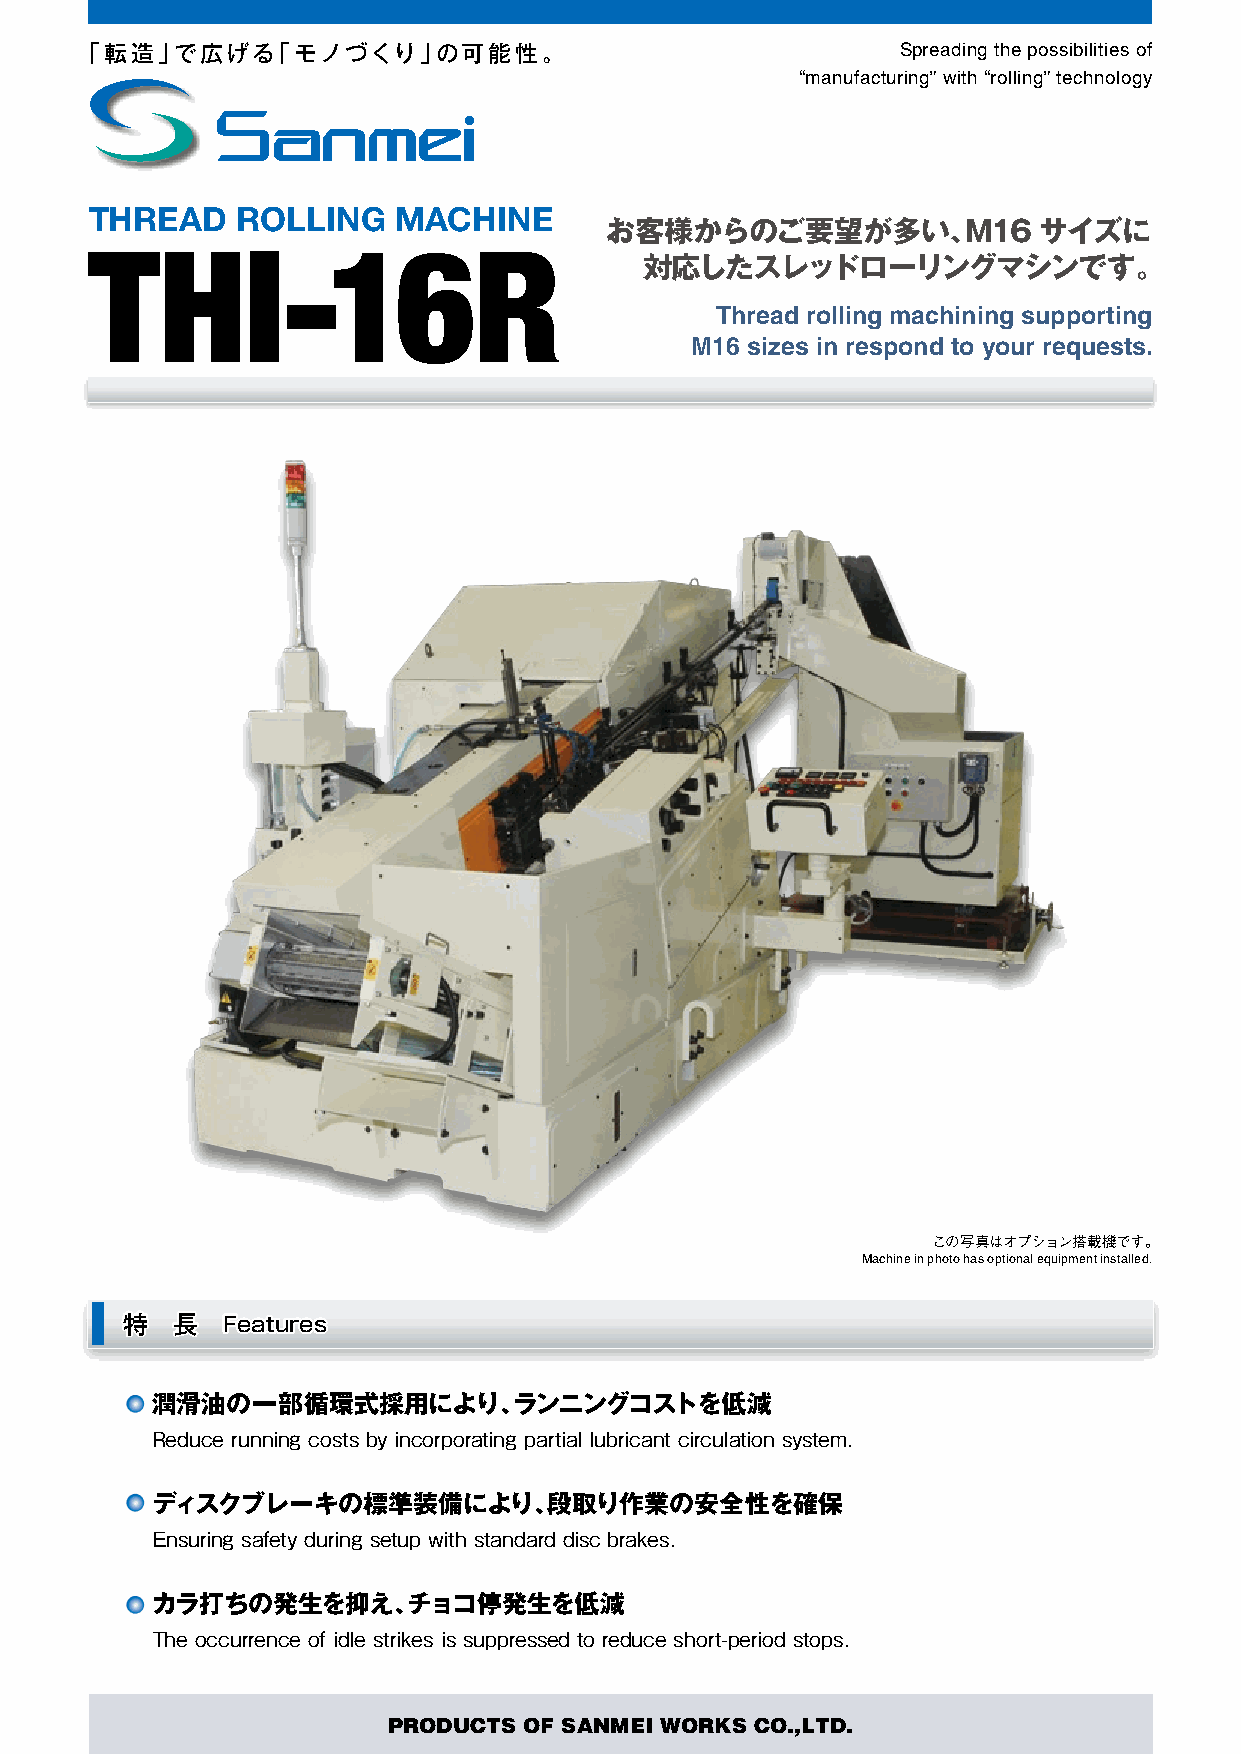
「転造」で広げる「モノづくり」の可能性。                                   Spreading the possibilities of
 “manufacturing” with “rolling” technology
 THREAD    ROLLING   MACHINE
 お客様からのご要望が多い、M16             サイズに
 THI-16R
 対応したスレッドローリングマシンです。
 Thread rolling machining supporting
 M16 sizes in respond to your requests.
 この写真はオプション搭載機です。
 Machine in photo has optional equipment installed.
 特  長   Features
 潤滑油の一部循環式採用により、ランニングコストを低減
 Reduce running costs by incorporating partial lubricant circulation system.
 ディスクブレーキの標準装備により、段取り作業の安全性を確保
 Ensuring safety during setup with standard disc brakes.
 カラ打ちの発生を抑え、チョコ停発生を低減
 The occurrence of idle strikes is suppressed to reduce short-period stops.
 PRODUCTS OF SANMEI WORKS CO.,LTD.